Document type: Dowry acquittance
Year: 1427
Scribe: Pere Tarafa
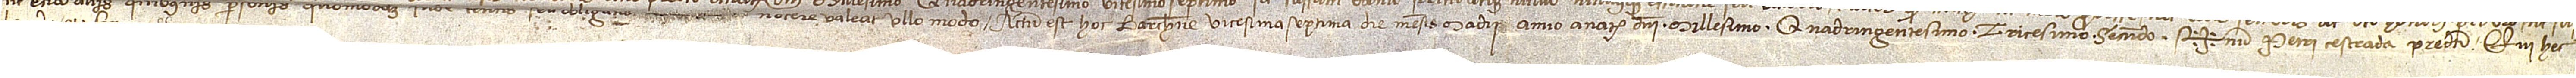
nec etiam aliis quibusvis personis quomodolibet inde [...]  seu obligatio  nocere valeat ullo modo. Actum ets hoc Barchinone vicesima septima die mensis madii, anno a Nativitate Domini millesimo quadringentesimo tricesimo secundo. Sig+num Petri Cestrada predicti, qui hec